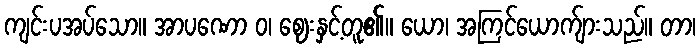
ကျင်းပအပ်သော။ အာပဏော ဝ၊ ဈေးနှင့်တူ၏။ ယော၊ အကြင်ယောက်ျားသည်။ တာ၊